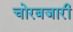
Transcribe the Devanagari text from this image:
चोरबजारी